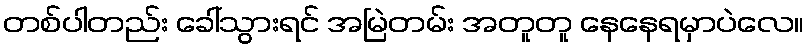
တစ်ပါတည်း ခေါ်သွားရင် အမြဲတမ်း အတူတူ နေနေရမှာပဲလေ။